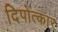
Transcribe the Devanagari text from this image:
दिपोत्कार